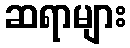
ဆရာများ